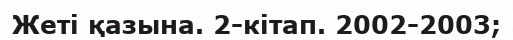
Жеті қазына. 2-кітап. 2002-2003;